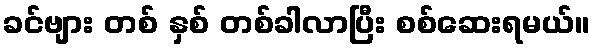
ခင်ဗျား တစ် နှစ် တစ်ခါလာပြီး စစ်ဆေးရမယ်။